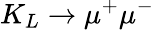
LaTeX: K_{L}\rightarrow\mu^{+}\mu^{-}